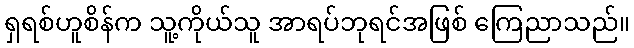
ရှရစ်ဟူစိန်က သူ့ကိုယ်သူ အာရပ်ဘုရင်အဖြစ် ကြေညာသည်။